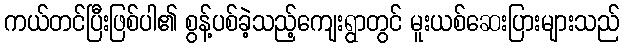
ကယ်တင်ပြီးဖြစ်ပါ၏ စွန့်ပစ်ခဲ့သည့်ကျေးရွာတွင် မူးယစ်ဆေးပြားများသည်